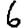
Digit: 6